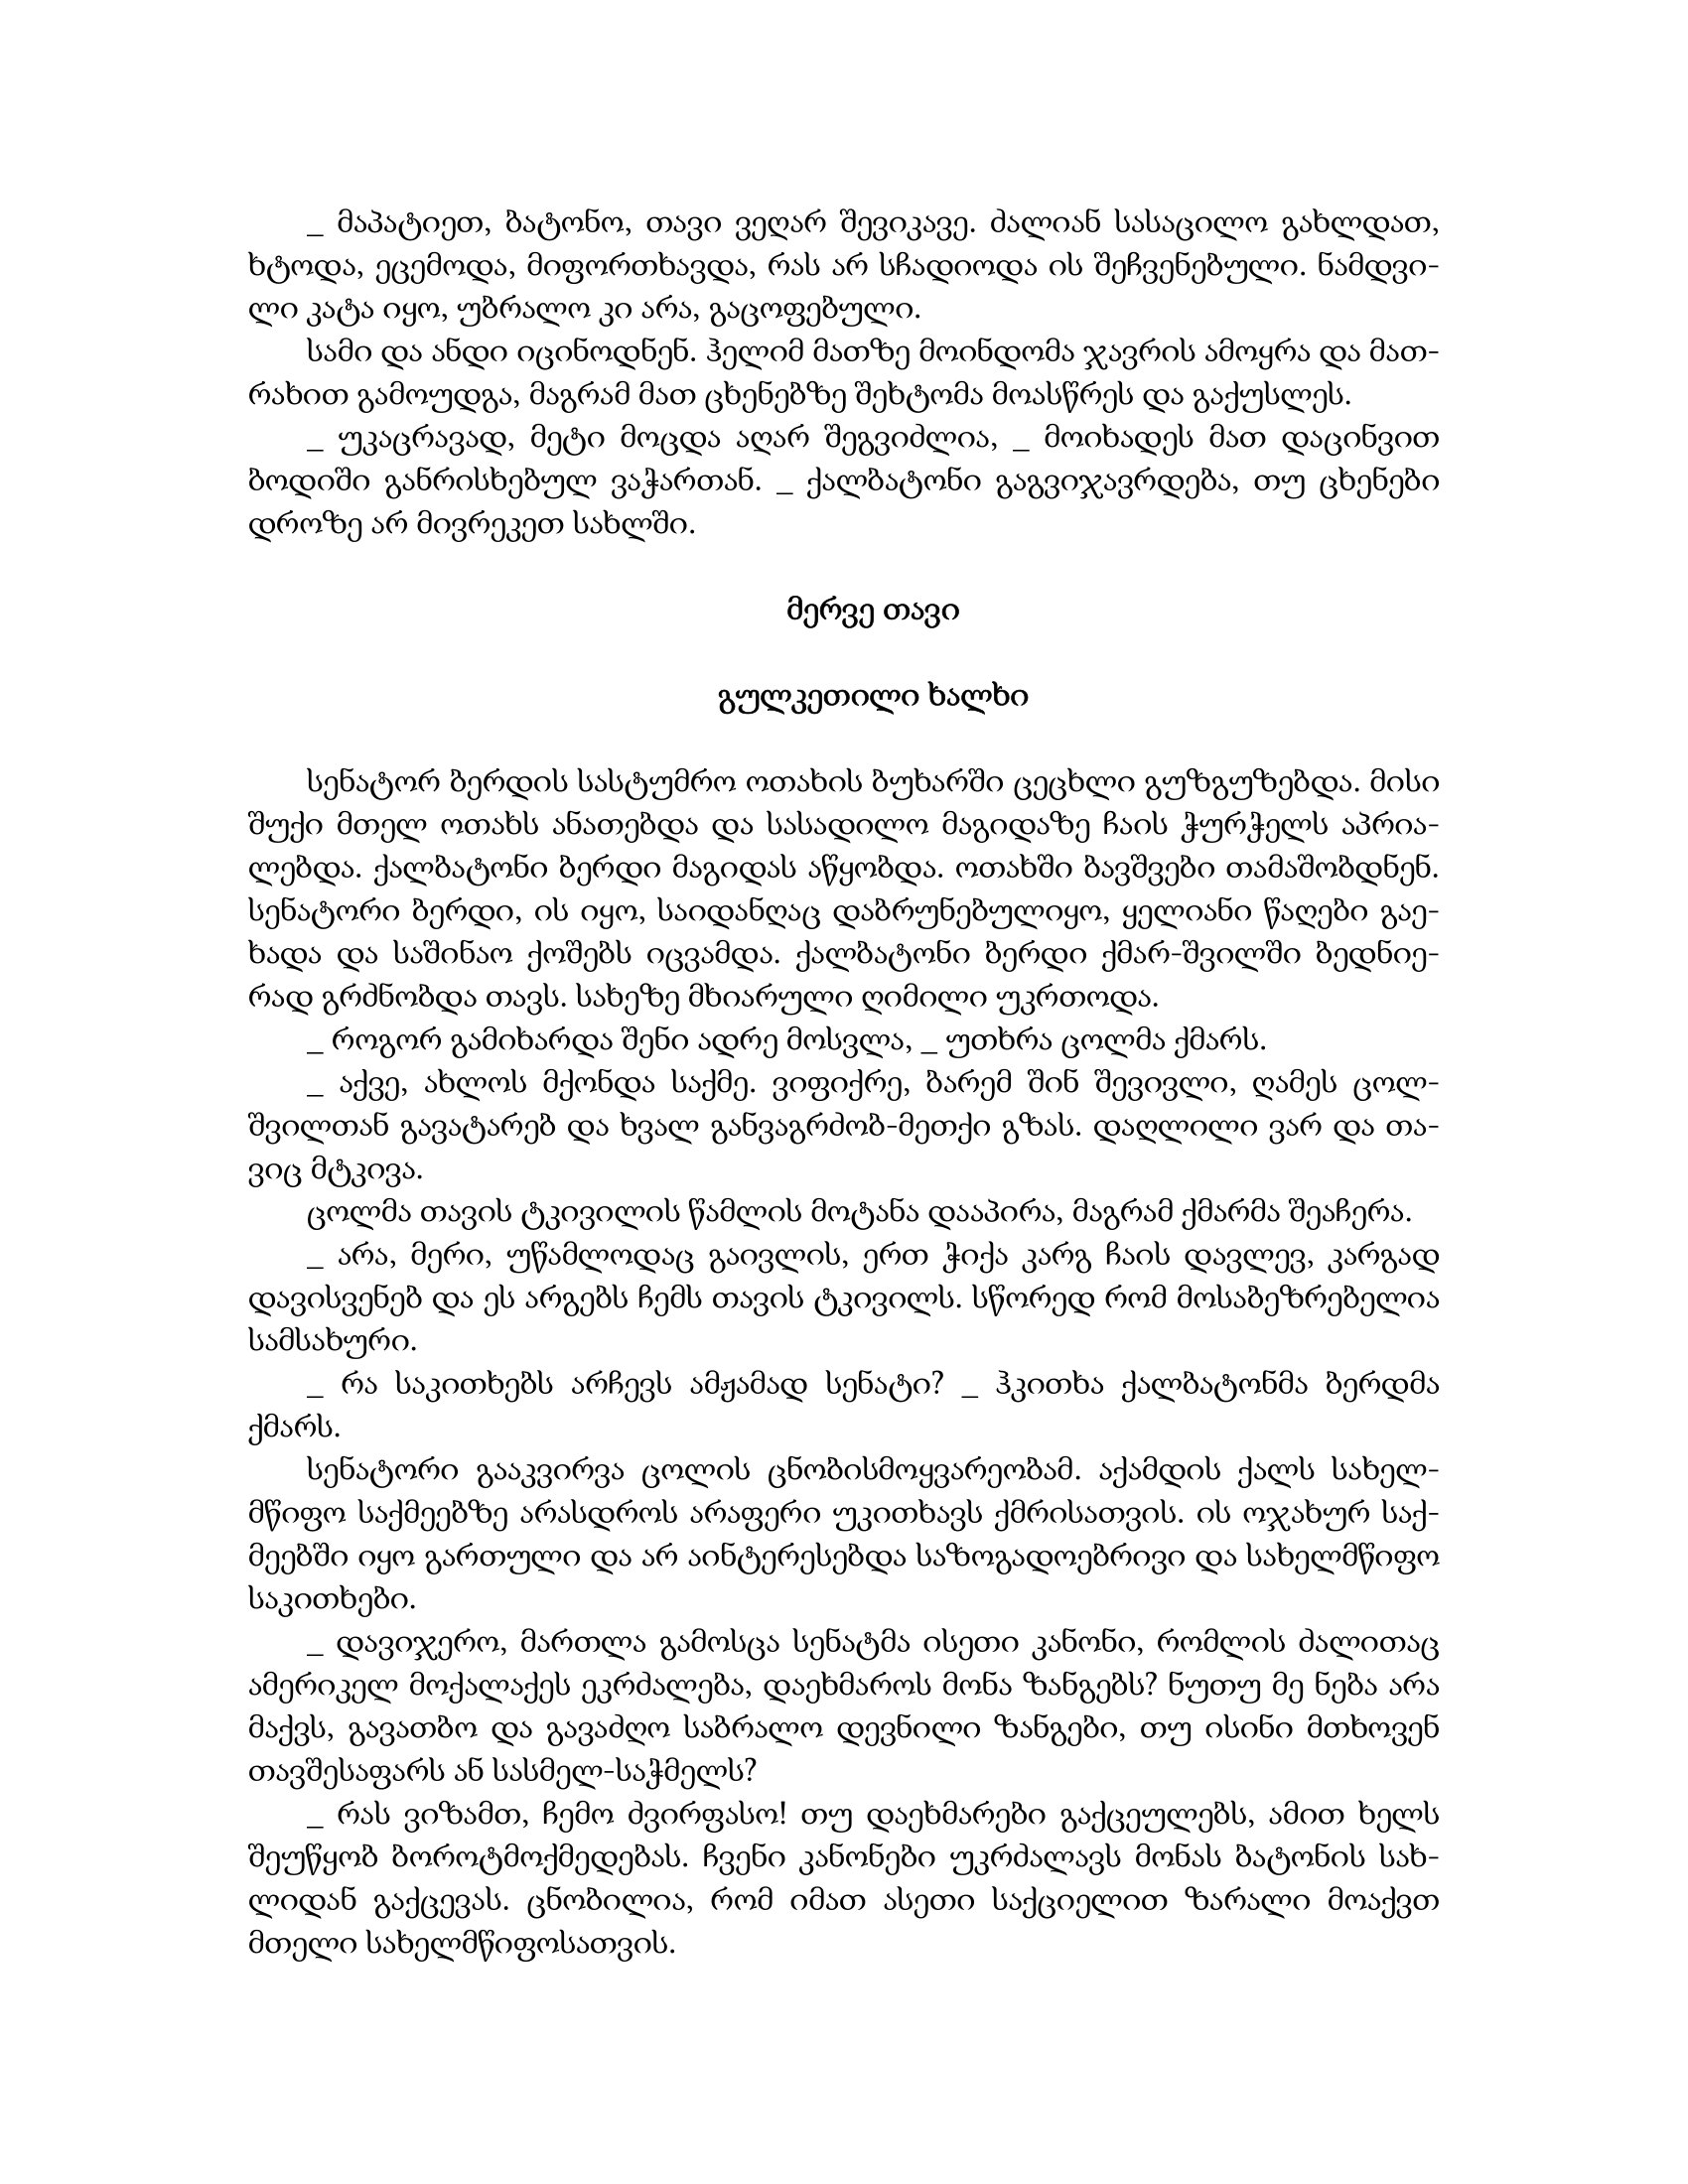
Language: gr